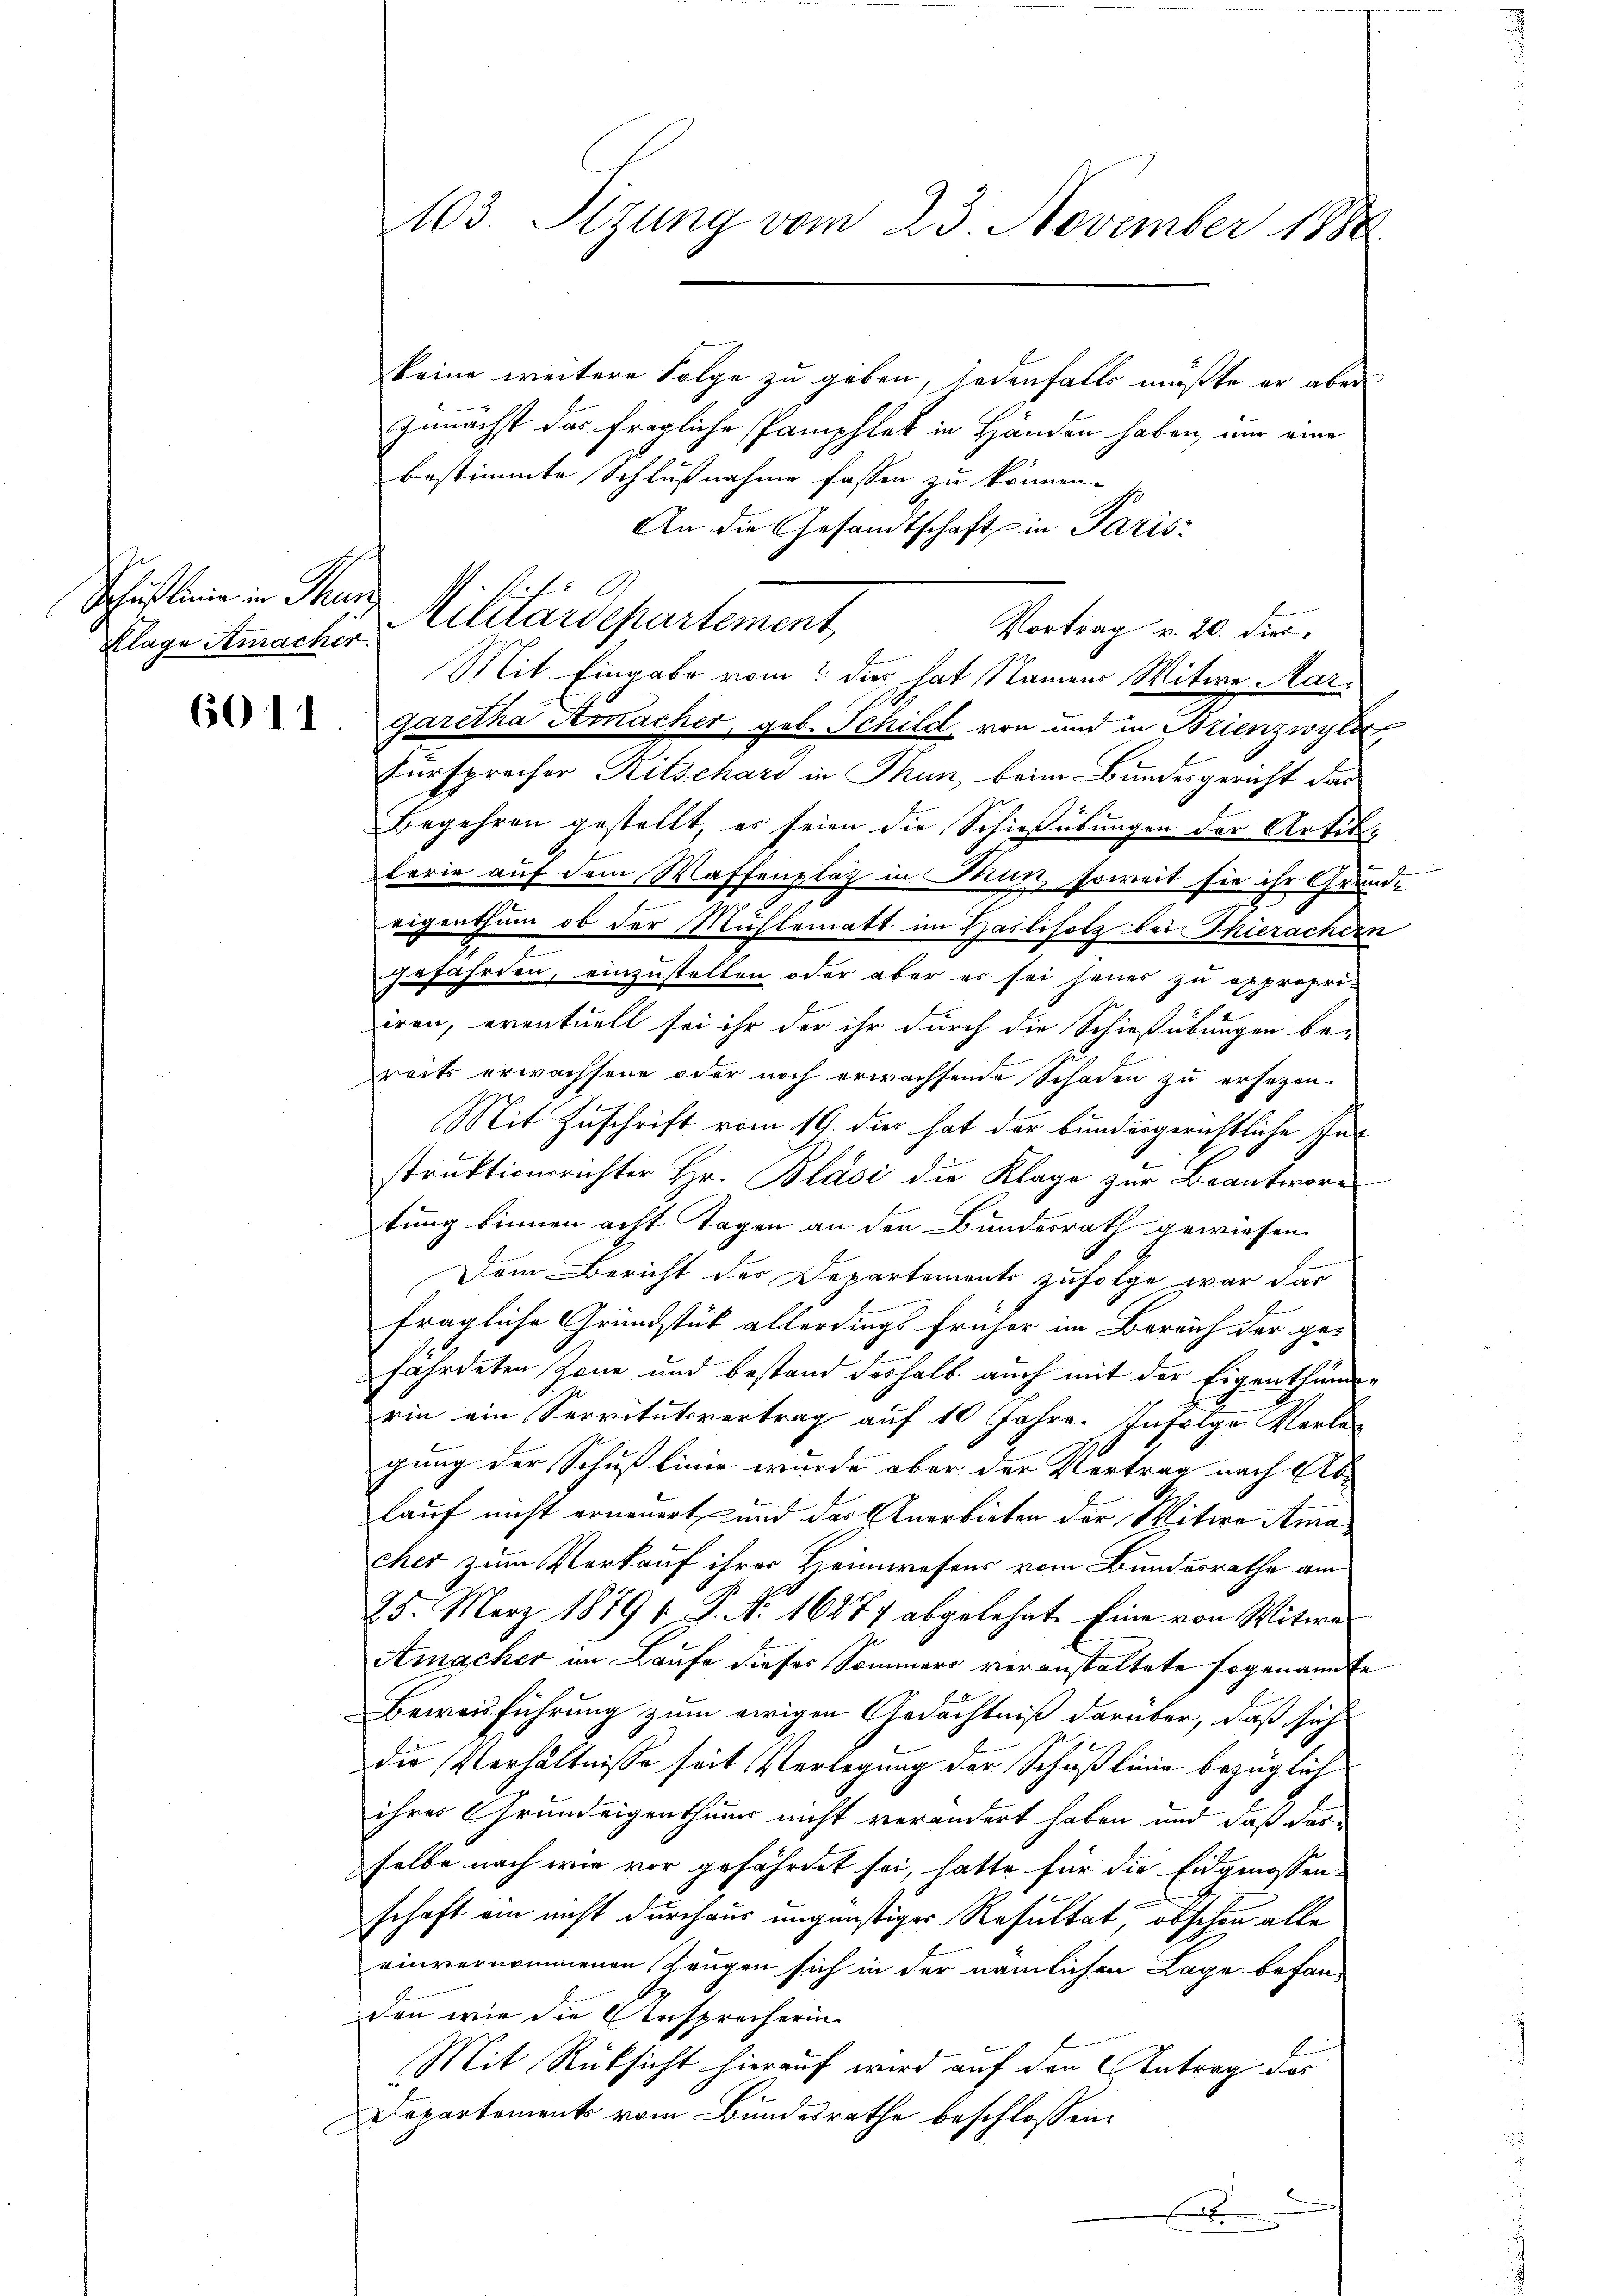
Schillinie in Thun
Klage Amacher.

keine weitere Folge zu geben, jedenfalls müßte er aber
Zunächst das fragliche Pamphlet in Händen haben, um eine
bestimmte Schlußnahme fassen zu können.
An die Gesandtschaft in Paris
Militärdepartement,
Vortrag v. 20. dies
Mit Eingabe vom dies hat Namens Witwe Margaretha Amacher, geb. Schild von und in Brienzwyle
Fürsprecher Ritschard in Thun, beim Bundesgericht das
Begehren gestellt, es seien die Schießübungen der Artike
lerie auf dem Waffenplaz in Mun, soweit sie ihr Grund-
eigenthum, ob der Mühlematt im Hailiholz bei Thierachern
gefährden, einzustellen oder aber es sei jenes zu expropriiren, eventuell sei ihr der ihr durch die Schießübungen be-
reits erwachsene oder noch erwachsende Schaden zu ersetzen.
Mit Zuschrift vom 19. dies hat der bundergerichtliche Instruktionsrichter Hr. Blasi die Klage zur Beantwor
tung binnen acht Tagen an den Bundesrath gewiesen.
Dem Bericht der Departements zufolge war dar-
fragliche Grundstück allerdings früher im Bereich der ge-
fährdeten Zone und bestand deshalb auch mit der Eigenthüme
rin ein Servitutsvertrag auf 10 Jahre. Infolge Verlagung der Schußlinie wurde aber der Vertrag nach Ablauf nicht erneuert und das Anerbieten der Mitere Amacher zum Verkauf ihrer Heimwesens vom Bundesrathe am
25. März 1879 1 P. Nr. 16277 abgelehnt. Eine von Witwe
Amacher im Laufe dieses Sommers veranstaltete sogenannte
Beweisführung zum ewigen Gedächtniß darüber, daß sich
die Verhältnisse seit Verlegung der Schußlinie bezüglich
ihres Grundeigenthums nicht verändert haben und daß das-
selbe nach wie vor gefährdet sei, hatte für die Eidgenossenschaft ein nicht durchaus ungünstiger Resultat, obschon alle
einvernommenen Zeugen sich in der nämlichen Lage befanden wir die Ansprecherin
Mit Rücksicht hierauf wird auf den Antrag des
Departements vom Bundesrathe beschlossen:
f

103. Stzung vom 23. November 1888.